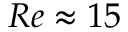
R e \approx 1 5